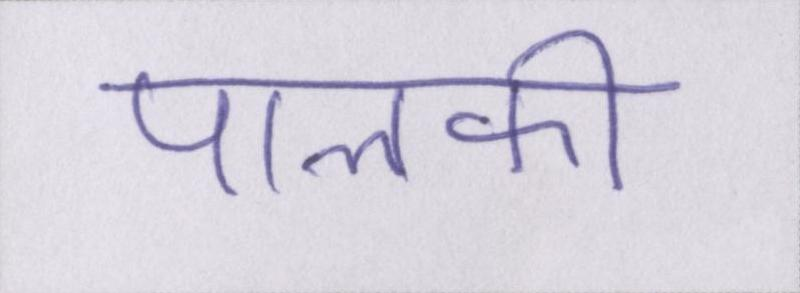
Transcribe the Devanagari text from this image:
पालकी